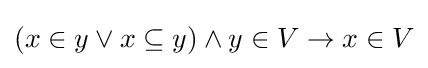
(x\in y\lor x\subseteq y)\land y\in V\to x\in V